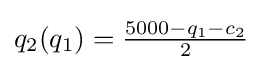
q_{2}(q_{1})={\tfrac {5000-q_{1}-c_{2}}{2}}